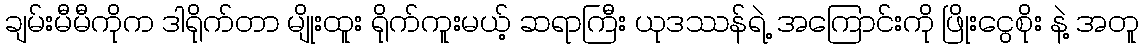
ချမ်းမီမီကိုက ဒါရိုက်တာ မျိုးထူး ရိုက်ကူးမယ့် ဆရာကြီး ယုဒဿန်ရဲ့ အကြောင်းကို ဖြိုးငွေစိုး နဲ့ အတူ